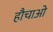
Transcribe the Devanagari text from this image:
हौचाओ